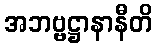
အဘဗ္ဗဋ္ဌာနာနီတိ